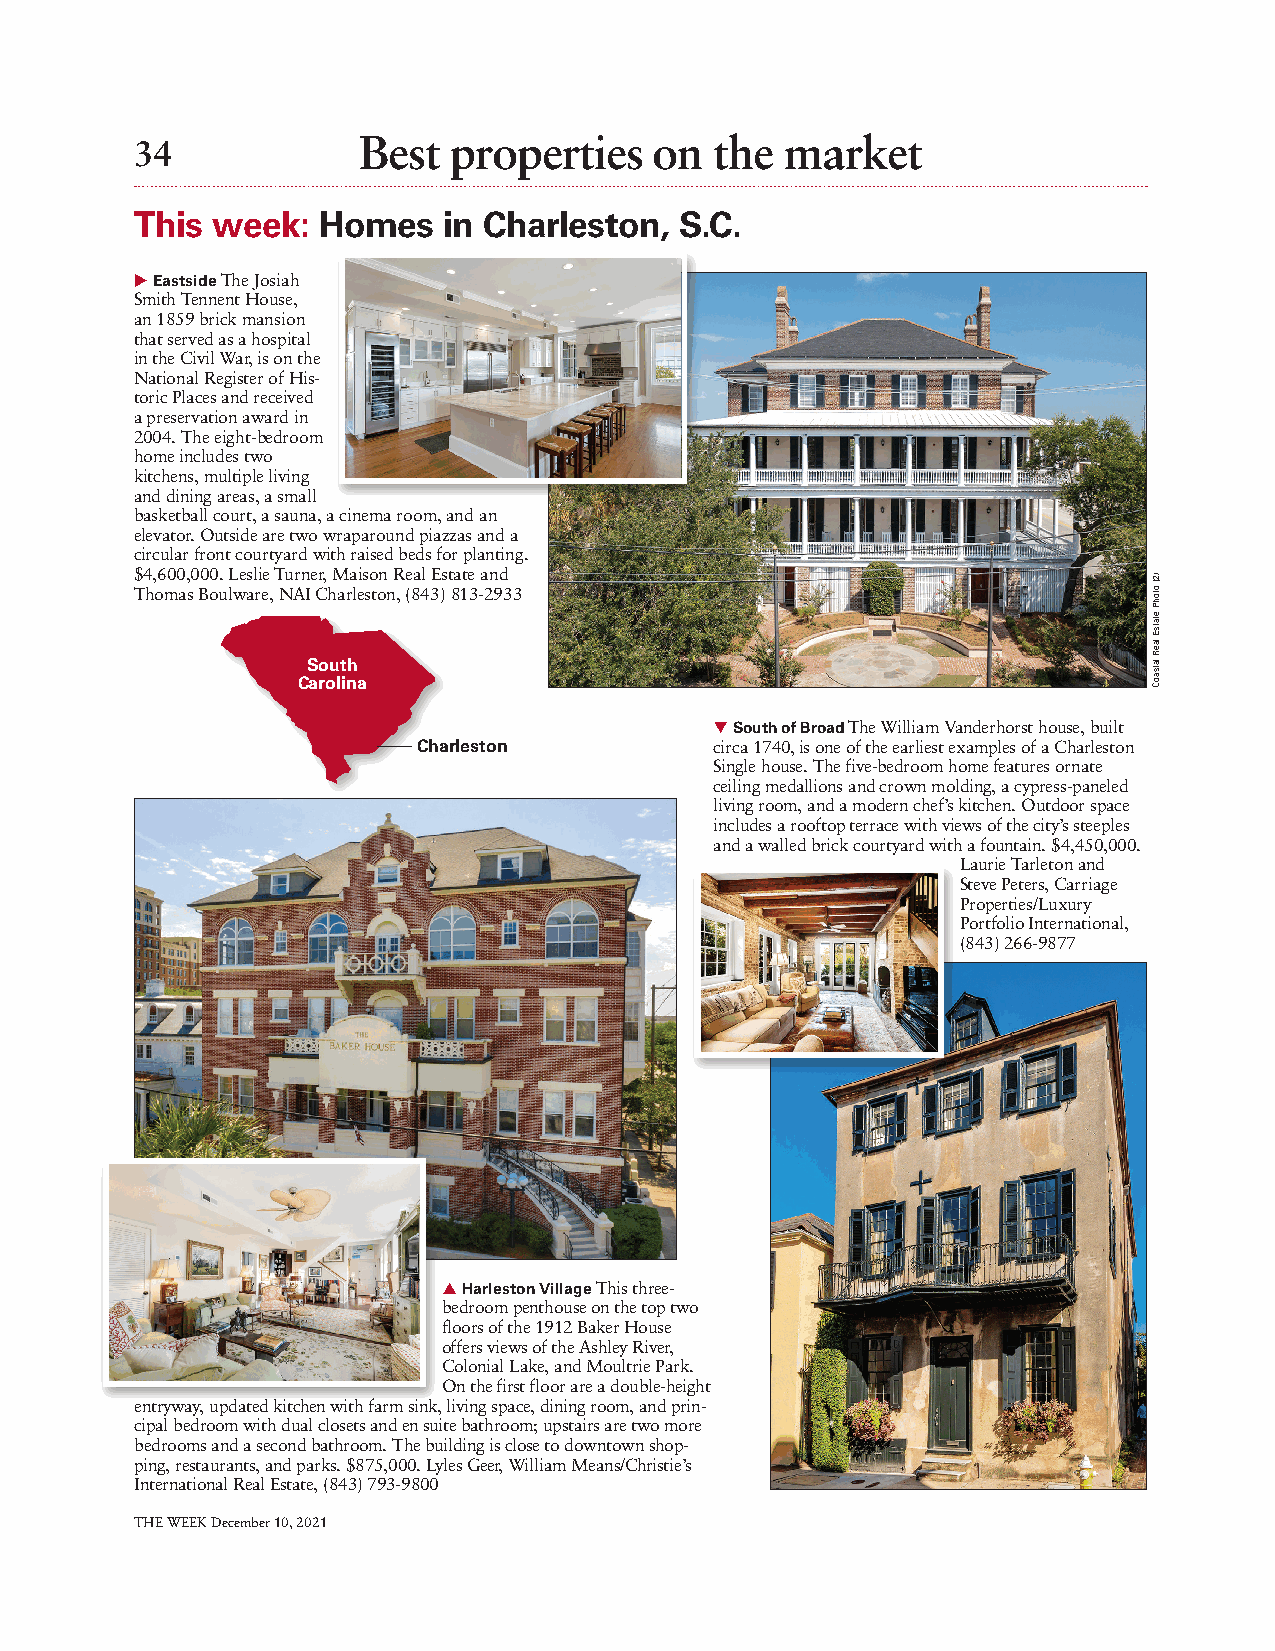
34             Best  properties   on  the  market
 This week:  Homes   in Charleston,  S.C.
 u Eastside The Josiah
 Smith Tennent House,
 an 1859 brick mansion
 that served as a hospital
 in the Civil War, is on the
 National Register of His-
 toric Places and received
 a preservation award in
 2004. The eight- bedroom
 home includes two
 kitchens, multiple living
 and dining areas, a small
 basketball court, a sauna, a cinema room, and an
 elevator. Outside are two wraparound piazzas and a
 circular front courtyard with raised beds for planting.
 $4,600,000. Leslie Turner, Maison Real Estate and
 Thomas Boulware, NAI Charleston, (843) 813-2933
 South
 Carolina
 q South of Broad The William Vanderhorst house, built
 Charleston         circa 1740, is one of the earliest examples of a Charleston
 Single house. The five- bedroom home features ornate
 ceiling medallions and crown molding, a cypress- paneled
 living room, and a modern chef’s kitchen. Outdoor space
 includes a rooftop terrace with views of the city’s steeples
 and a walled brick courtyard with a fountain. $4,450,000.
 Laurie Tarleton and
 Steve Peters, Carriage
 Properties/ Luxury
 Port folio International,
 (843) 266-9877
 p Harleston Village T his three-
 bedroom penthouse on the top two
 floors of the 1912 Baker House
 offers views of the Ashley River,
 Colonial Lake, and Moultrie Park.
 On the first floor are a double-height
 entryway, updated kitchen with farm sink, living space, dining room, and prin-
 cipal bedroom with dual closets and en suite bathroom; upstairs are two more
 bedrooms and a second bathroom. The building is close to downtown shop-
 ping, restaurants, and parks. $875,000. Lyles Geer, William Means/C hristie’s
 International Real Estate, (843) 793-9800
 THE WEEK December 10, 2021
 )2(
 otohP
 etatsE
 laeR
 latsaoC